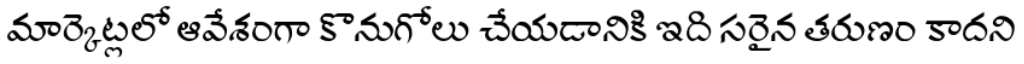
మార్కెట్లలో ఆవేశంగా కొనుగోలు చేయడానికి ఇది సరైన తరుణం కాదని